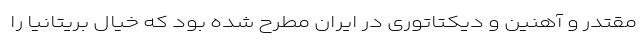
مقتدر و آهنین و دیکتاتوری در ایران مطرح شده بود که خیال بریتانیا را